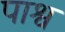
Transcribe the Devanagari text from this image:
पाश्व